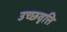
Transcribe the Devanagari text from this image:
उच्छवृत्ति